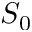
S _ { 0 }